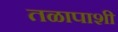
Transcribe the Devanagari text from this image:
तळापाशी